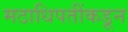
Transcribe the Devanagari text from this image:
मठाधिपतींकडून